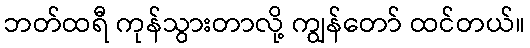
ဘတ်ထရီ ကုန်သွားတာလို့ ကျွန်တော် ထင်တယ်။